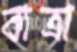
বাত্রা